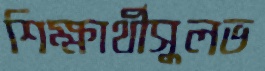
শিক্ষার্থীসুলভ